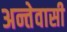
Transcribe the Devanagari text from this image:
अन्तेवासी